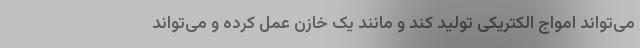
می‌تواند امواج الکتریکی تولید کند و مانند یک خازن عمل کرده و می‌تواند